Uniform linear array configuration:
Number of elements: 8
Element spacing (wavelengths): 0.25
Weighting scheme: uniform
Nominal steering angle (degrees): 60
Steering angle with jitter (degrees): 58.019
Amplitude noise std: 0.05
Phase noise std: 0.05

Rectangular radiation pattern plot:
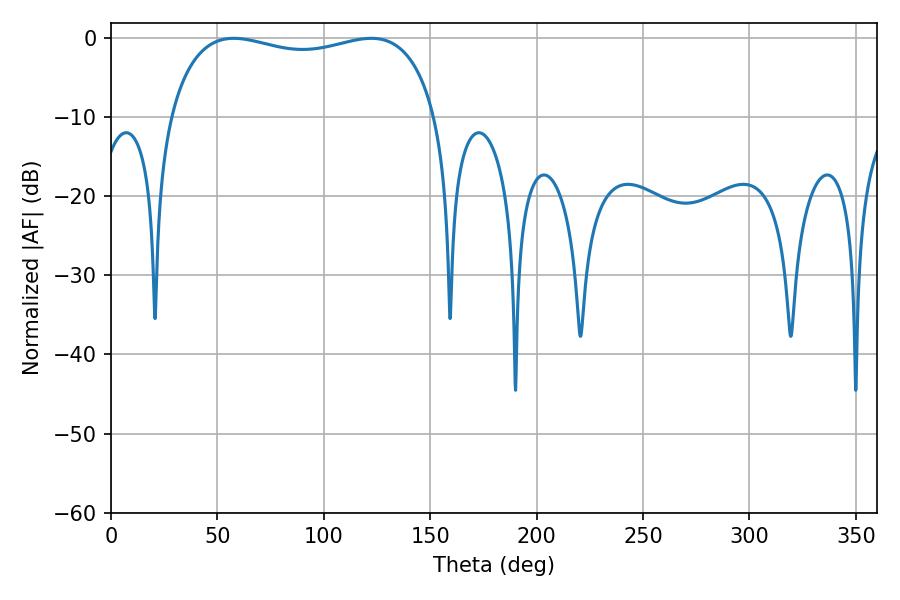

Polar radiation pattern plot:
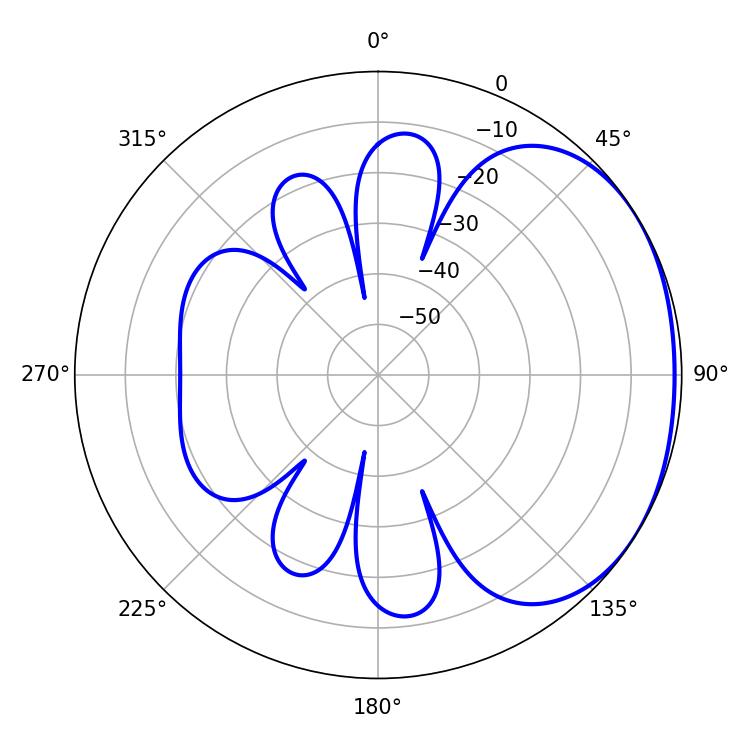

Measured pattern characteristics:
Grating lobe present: FALSE
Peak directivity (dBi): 1.659
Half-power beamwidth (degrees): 102.6
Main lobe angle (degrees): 57.78